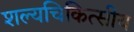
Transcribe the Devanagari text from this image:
शल्यचिकित्सीय